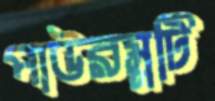
পাউরম্নটি